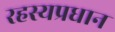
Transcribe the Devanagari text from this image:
रहस्यप्रधान